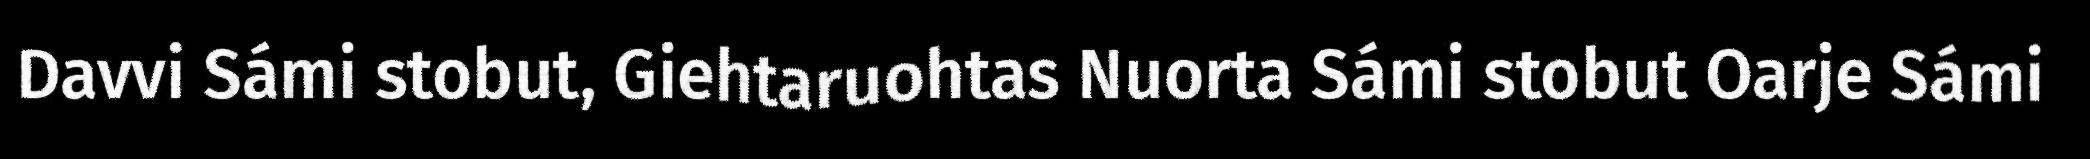
Davvi Sámi stobut, Giehtaruohtas Nuorta Sámi stobut Oarje Sámi